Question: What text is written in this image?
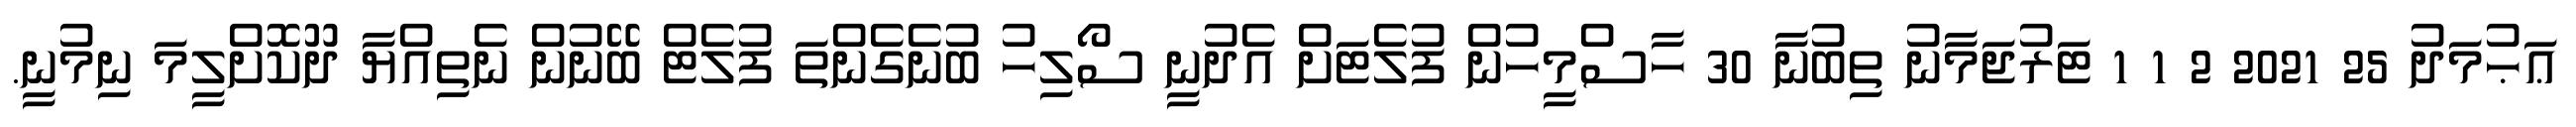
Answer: ޢަޙުމަދު 25 2021 2 1 1 ޓަރުޖަމާނު ތިބުނާ 30 ހާސްމީހުން ފުލެޓަށް އެދުނީ ސޯލިހު ބުނެގެންތަ ފުލެޓް ބޭނުން ނެތިއްޔާ ދޫކޮށްލީމަ ނިމުނީ.